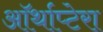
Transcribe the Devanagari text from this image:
ऑर्थाप्टेरा